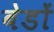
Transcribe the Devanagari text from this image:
बेडों